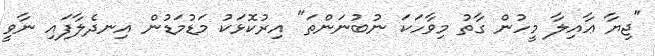
"ޖިޔާ ޢާއިލާ މީހުން ގާތު މިވާހަކަ ނުބުނަންތަ" އިރުކޮޅަކު މަޑުމަޑުން އިނދެލާފައި ނާވީ